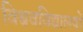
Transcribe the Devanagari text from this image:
विश्ववविद्यालयों